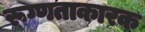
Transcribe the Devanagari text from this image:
रूग्णताकारक